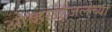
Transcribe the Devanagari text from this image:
ओव्हराईजलच्या